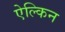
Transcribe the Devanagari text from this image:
ऐल्किन